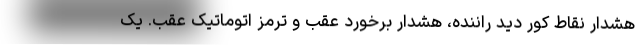
هشدار نقاط کور دید راننده، هشدار برخورد عقب و ترمز اتوماتیک عقب. یک